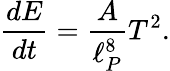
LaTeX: {\frac{dE}{dt}}=\frac{A}{\ell_{P}^{8}}T^{2}.